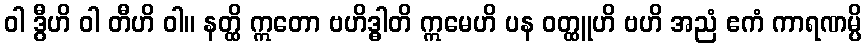
ဝါ ဒွီဟိ ဝါ တီဟိ ဝါ။ နတ္ထိ ဣတော ဗဟိဒ္ဓါတိ ဣမေဟိ ပန ဝတ္ထူဟိ ဗဟိ အညံ ဧကံ ကာရဏမ္ပိ